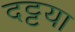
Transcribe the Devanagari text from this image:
दट्टया